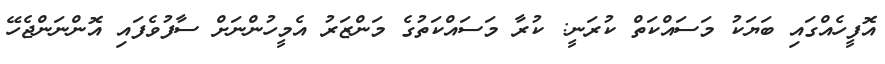
އޮފީހެއްގައި ބަޔަކު މަސައްކަތް ކުރަނީ: ކުރާ މަސައްކަތުގެ މަންޒަރު އެމީހުންނަށް ސާފުވެފައި އޮންނަންޖެހޭ